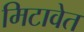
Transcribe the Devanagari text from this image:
मिटावेत